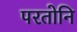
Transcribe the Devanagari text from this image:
परतोनि